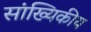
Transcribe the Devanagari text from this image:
सांख्‍यिकीय